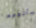
سأتوجه